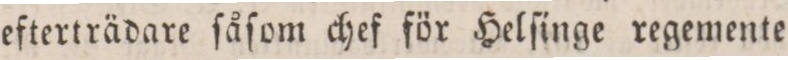
efterträdare ſåſom chef för Helſinge regemente